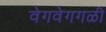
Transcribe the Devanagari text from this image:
वेगवेगगळी